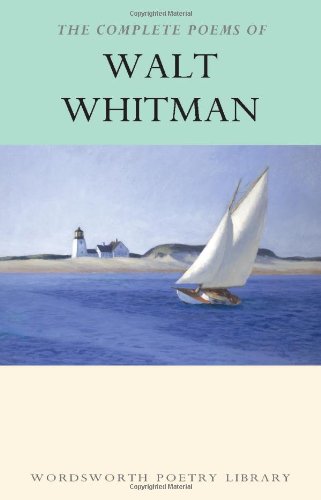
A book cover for Complete Poems of Whitman (Wordsworth Poetry) (Wordsworth Poetry Library); Walt Whitman; Literature & Fiction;